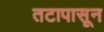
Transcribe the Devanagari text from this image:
तटापासून